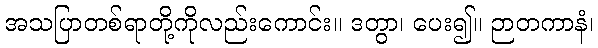
အသပြာတစ်ရာတို့ကိုလည်းကောင်း။ ဒတွာ၊ ပေး၍။ ဉာတကာနံ၊